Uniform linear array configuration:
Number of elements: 24
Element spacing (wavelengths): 0.5
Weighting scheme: binomial
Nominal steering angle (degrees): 45
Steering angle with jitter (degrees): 46.455
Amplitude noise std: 0.05
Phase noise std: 0.05

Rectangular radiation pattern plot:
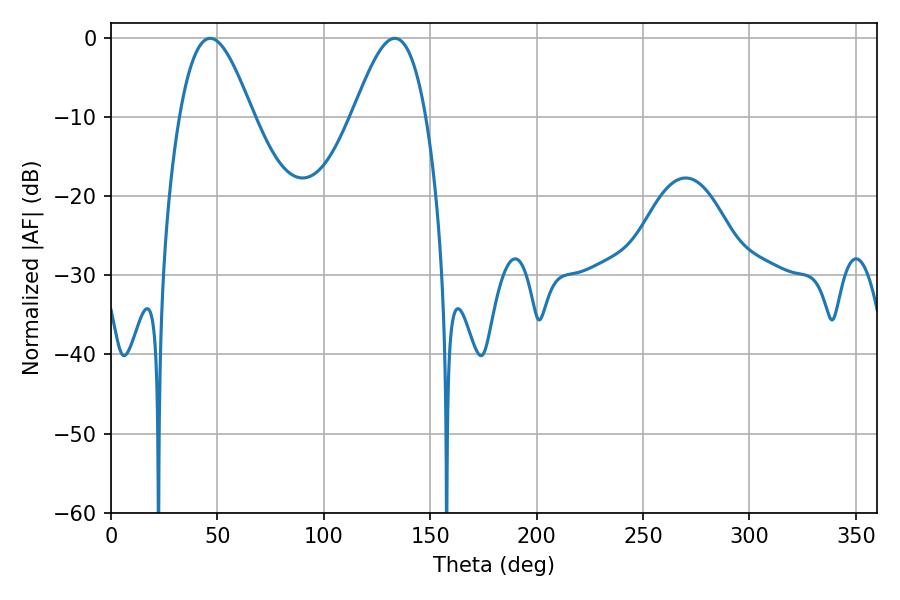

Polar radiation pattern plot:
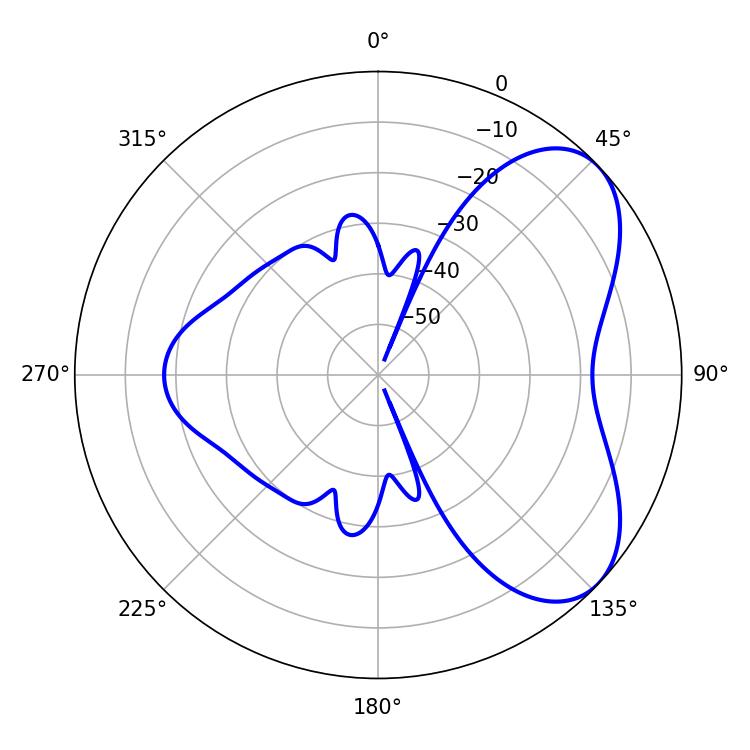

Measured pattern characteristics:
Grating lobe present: FALSE
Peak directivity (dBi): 5.789
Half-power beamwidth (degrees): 18.36
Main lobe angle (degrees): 46.62